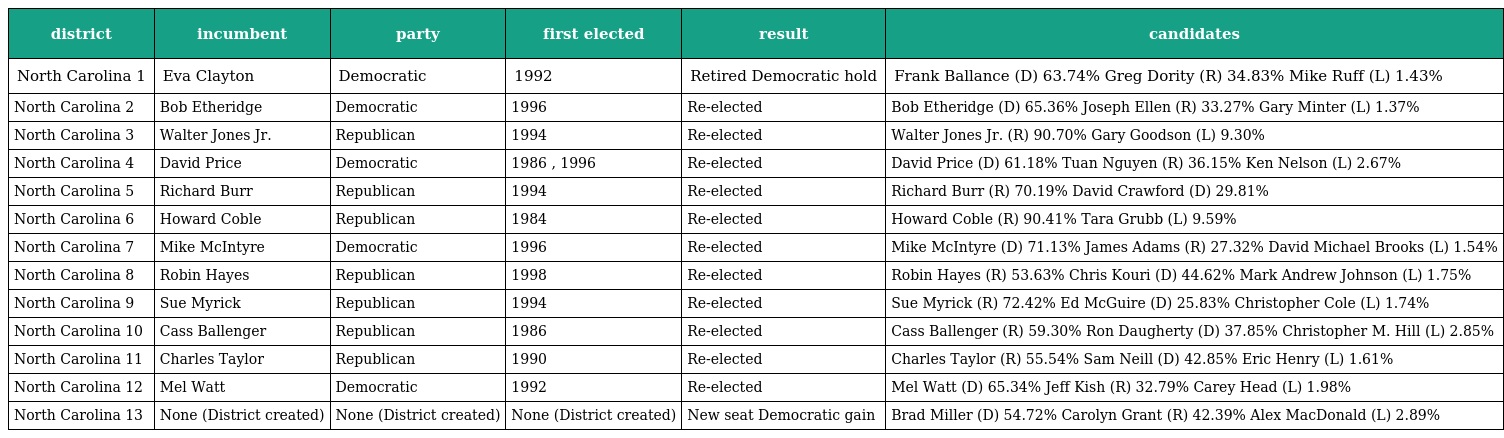
| district | incumbent | party | first elected | result | candidates |
 | --- | --- | --- | --- | --- | --- |
 | North Carolina 1 | Eva Clayton | Democratic | 1992 | Retired Democratic hold | Frank Ballance (D) 63.74% Greg Dority (R) 34.83% Mike Ruff (L) 1.43% |
 | North Carolina 2 | Bob Etheridge | Democratic | 1996 | Re-elected | Bob Etheridge (D) 65.36% Joseph Ellen (R) 33.27% Gary Minter (L) 1.37% |
 | North Carolina 3 | Walter Jones Jr. | Republican | 1994 | Re-elected | Walter Jones Jr. (R) 90.70% Gary Goodson (L) 9.30% |
 | North Carolina 4 | David Price | Democratic | 1986 , 1996 | Re-elected | David Price (D) 61.18% Tuan Nguyen (R) 36.15% Ken Nelson (L) 2.67% |
 | North Carolina 5 | Richard Burr | Republican | 1994 | Re-elected | Richard Burr (R) 70.19% David Crawford (D) 29.81% |
 | North Carolina 6 | Howard Coble | Republican | 1984 | Re-elected | Howard Coble (R) 90.41% Tara Grubb (L) 9.59% |
 | North Carolina 7 | Mike McIntyre | Democratic | 1996 | Re-elected | Mike McIntyre (D) 71.13% James Adams (R) 27.32% David Michael Brooks (L) 1.54% |
 | North Carolina 8 | Robin Hayes | Republican | 1998 | Re-elected | Robin Hayes (R) 53.63% Chris Kouri (D) 44.62% Mark Andrew Johnson (L) 1.75% |
 | North Carolina 9 | Sue Myrick | Republican | 1994 | Re-elected | Sue Myrick (R) 72.42% Ed McGuire (D) 25.83% Christopher Cole (L) 1.74% |
 | North Carolina 10 | Cass Ballenger | Republican | 1986 | Re-elected | Cass Ballenger (R) 59.30% Ron Daugherty (D) 37.85% Christopher M. Hill (L) 2.85% |
 | North Carolina 11 | Charles Taylor | Republican | 1990 | Re-elected | Charles Taylor (R) 55.54% Sam Neill (D) 42.85% Eric Henry (L) 1.61% |
 | North Carolina 12 | Mel Watt | Democratic | 1992 | Re-elected | Mel Watt (D) 65.34% Jeff Kish (R) 32.79% Carey Head (L) 1.98% |
 | North Carolina 13 | None (District created) | None (District created) | None (District created) | New seat Democratic gain | Brad Miller (D) 54.72% Carolyn Grant (R) 42.39% Alex MacDonald (L) 2.89% |